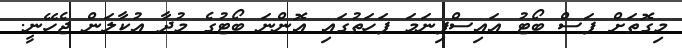
މިގޮތަށް ފަސް ބޯޓު އައިސްފިނަމަ ފަހަތުގައި އޮންނަ ބޯޓުގެ މުދާ އުކާލަން ޖެހޭނީ.